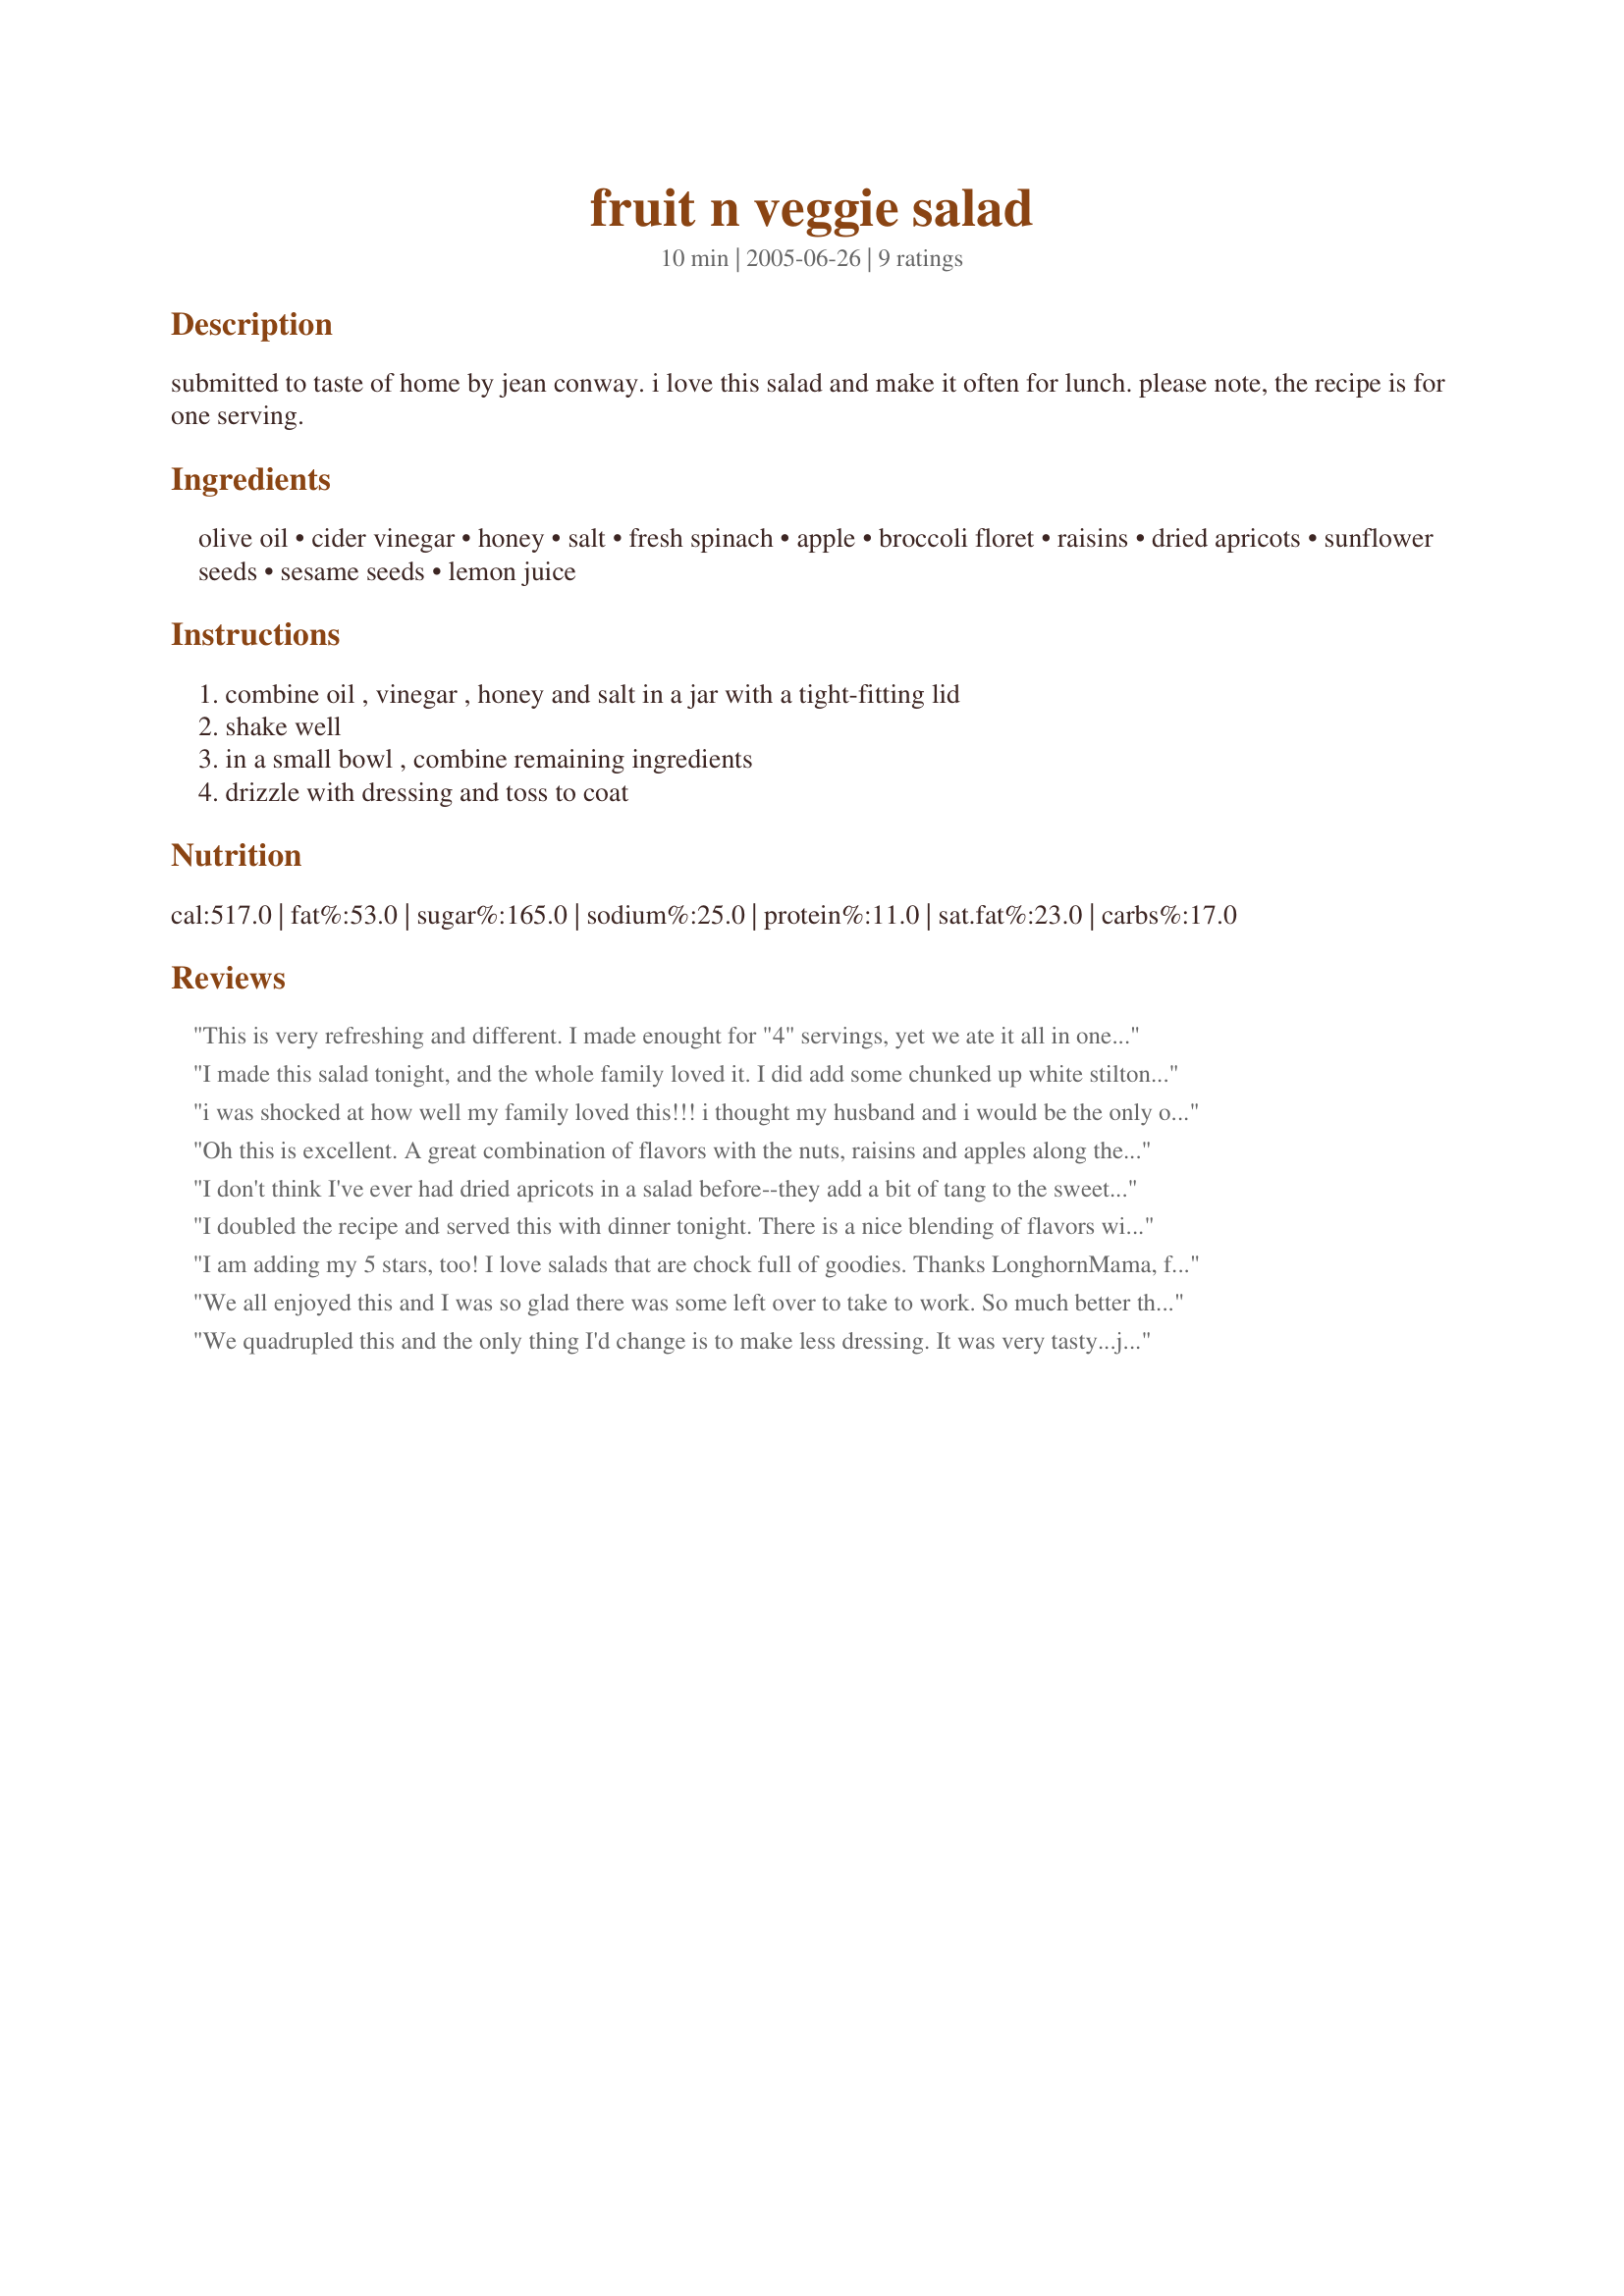
fruit n veggie salad
Preparation time: 10 minutes

submitted to taste of home by jean conway. i love this salad and make it often for lunch. please note, the recipe is for one serving.

Ingredients:
olive oil, cider vinegar, honey, salt, fresh spinach, apple, broccoli floret, raisins, dried apricots, sunflower seeds, sesame seeds, lemon juice

Steps:
combine oil , vinegar , honey and salt in a jar with a tight-fitting lid, shake well, in a small bowl , combine remaining ingredients, drizzle with dressing and toss to coat

Reviews:
This is very refreshing and different. I made enought for "4" servings, yet we ate it all in one night! I did add red onions, since we LOVE onions.
I made this salad tonight, and the whole family loved it. I did add some chunked up white stilton cheese with dried blueberries. Thanks for the great recipe!
i was shocked at how well my family loved this!!! i thought my husband and i would be the only ones to eat this. as usual, i put a few bites of each thing on all kids plates and make them try it. some of the kids went back for 2nd's and THIRDS!!!! I will say that i forgot to buy spinach but believe my family will love it just as much with it and plan on putting in the spinach next time! also, i didn't have apricots and used more raisins instead. thank you so much for this. it was such a welcome addition to our table!!!!!!!
Oh this is excellent. A great combination of flavors with the nuts, raisins and apples along the the tinted honey dressing. It just doesn't get any better. I tripled this recipe for the family and used spinach and red left lettuce which made for a great salad. Thanks so much for posting. Into my favorite zaar recipe cookbook this goes.
I don't think I've ever had dried apricots in a salad before--they add a bit of tang to the sweetness of the other fruits. The dressing has a nice sweet-and-sour quality that is accented well by the toasted sesame seeds. The broccoli and spinach blend well with the other flavors. A nice, very original salad. Next, I'm going to try multiplying it and serving it to others.
I doubled the recipe and served this with dinner tonight. There is a nice blending of flavors with the sweetness of the fruit and honey complimented nicely with the tartness of the vinegar and lemon juice. Definately will be going into my Then There Were 2 Cookbook for safe keeping. :)
I am adding my 5 stars, too! I love salads that are chock full of goodies. Thanks LonghornMama, for posting.
Roxygirl
We all enjoyed this and I was so glad there was some left over to take to work. So much better the next day thank you
We quadrupled this and the only thing I'd change is to make less dressing. It was very tasty...just way to much for what we like. I also added a little sliced onion to it for personal preference (it was so good!) I loved this salad! I had my husband help cut some of the ingrediants up cause we were way late w/ dinner...I could totally tell he was scared about the ingrediant combo (and more scared to say anything,lol) but he LOVED it!!! Great and different recipe!
